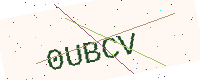
Text: 0UBCV